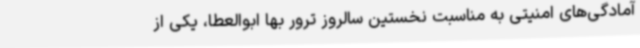
آمادگی‌های امنیتی به مناسبت نخستین سالروز ترور بها ابوالعطا، یکی از